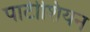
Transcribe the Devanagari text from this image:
पार्टीशियन